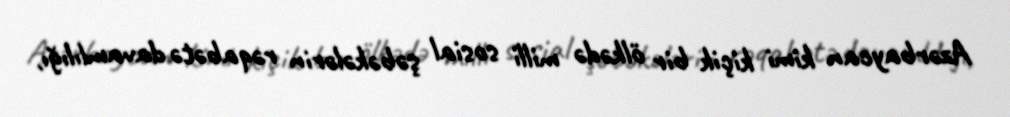
Azərbaycan kimi kiçik bir ölkədə milli sosial şəbəkələrin rəqabətə davamlılığı,